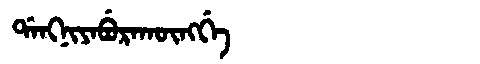
Manchu: ᡩᠠᠩᠨᡳᠶᠠᠪᡠᡵᠠᡴᡡᠩᡤᡝ
Romanization: DANGNIYABURAKŪNGGE